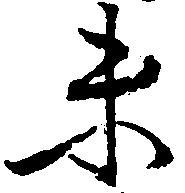
末